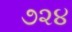
૭૨૪